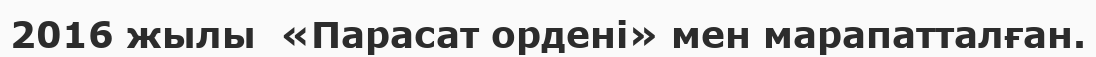
2016 жылы  «Парасат ордені» мен марапатталған.